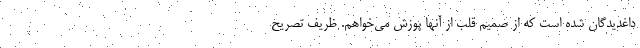
داغدیدگان شده است که از صمیم قلب از آنها پوزش می‌خواهم. ظریف تصریح